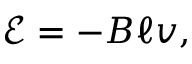
{ \mathcal { E } } = - B \ell v ,